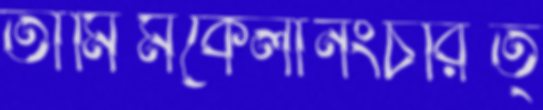
তামিমকেলানংচরিত্